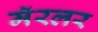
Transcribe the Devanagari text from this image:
मॅरलर